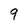
Character: 9